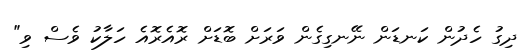
ދިގު ހެދުން ކަނޑަން ނޭނގިގެން ވަރަށް ބޮޑަށް ރޮއެރޮއެ ހަލާކު ވެސް ވި"